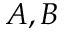
A , B